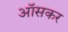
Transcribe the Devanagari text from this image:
ऑसकर